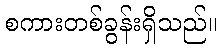
စကားတစ်ခွန်းရှိသည်။